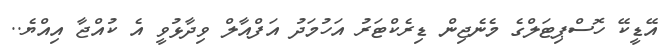
އޭޑީކޭ ހޮސްޕިޓަލްގެ މެނެޖިން ޑިރެކްޓަރު އަހުމަދު އަފްއާލް ވިދާޅުވީ އެ ކުއްޖާ އިއްޔެ..